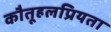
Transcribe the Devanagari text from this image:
कौतूहलप्रियता